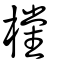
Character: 欓